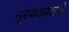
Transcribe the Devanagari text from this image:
ग्रंथकाराचे